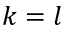
k = l